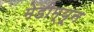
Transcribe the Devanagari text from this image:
मेडीम्यून